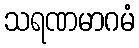
သရဏမာဂမံ